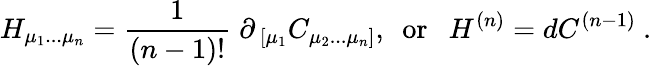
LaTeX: H_{\mu_{1}...\mu_{n}}={\frac{1}{(n-1)!}}\; \partial_{\ [\mu_{1}}C_{\mu_{2}...\mu_{n}]},\ \ \mathrm{or}\ \ \ H^{(n)}=dC^{(n-1)}\ .